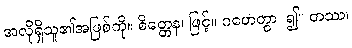
အလိုရှိသူ၏အဖြစ်ကို။ စိတ္တေန၊ ဖြင့်။ ဂဟေတွာ၊ ၍။ တဿ၊